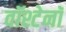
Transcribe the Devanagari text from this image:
वॉश्टेनॉ